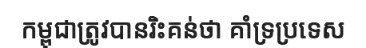
កម្ពុជាត្រូវបានរិះគន់ថា គាំទ្រប្រទេស